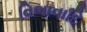
વિભાવાદિ